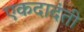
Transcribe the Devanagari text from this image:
एकदादंती